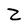
Character: Z